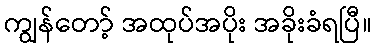
ကျွန်တော့် အထုပ်အပိုး အခိုးခံရပြီ။